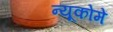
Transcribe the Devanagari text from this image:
न्यूकोमें